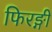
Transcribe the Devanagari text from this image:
फिरङ्गी